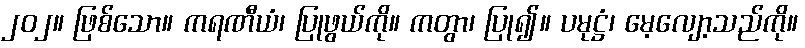
၂၀၂။ ဖြစ်သော။ ကရဏီယံ၊ ပြုဖွယ်ကို။ ကတွာ၊ ပြု၍။ ပမုဋ္ဌံ၊ မေ့လျော့သည်ကို။